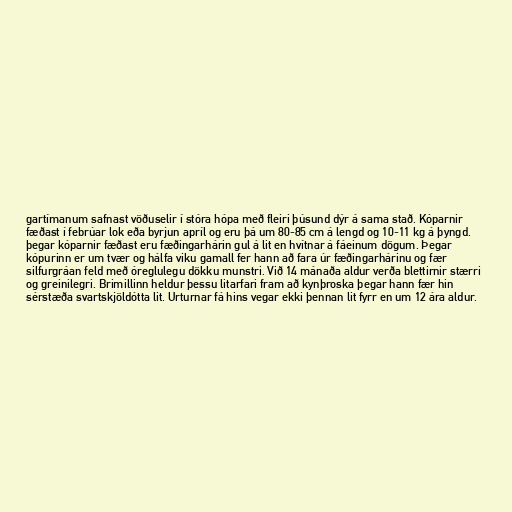
gartímanum safnast vöðuselir í stóra hópa með fleiri þúsund dýr á sama stað. Kóparnir
fæðast í febrúar lok eða byrjun apríl og eru þá um 80-85 cm á lengd og 10-11 kg á þyngd.
þegar kóparnir fæðast eru fæðingarhárin gul á lit en hvítnar á fáeinum dögum. Þegar
kópurinn er um tvær og hálfa viku gamall fer hann að fara úr fæðingarhárinu og fær
silfurgráan feld með óreglulegu dökku munstri. Við 14 mánaða aldur verða blettirnir stærri
og greinilegri. Brimillinn heldur þessu litarfari fram að kynþroska þegar hann fær hin
sérstæða svartskjöldótta lit. Urturnar fá hins vegar ekki þennan lit fyrr en um 12 ára aldur.